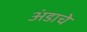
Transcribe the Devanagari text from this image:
अंडाचे